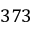
3 7 3